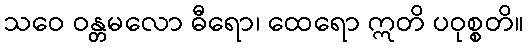
သဝေ ဝန္တမလော ဓီရော၊ ထေရော ဣတိ ပဝုစ္စတိ။